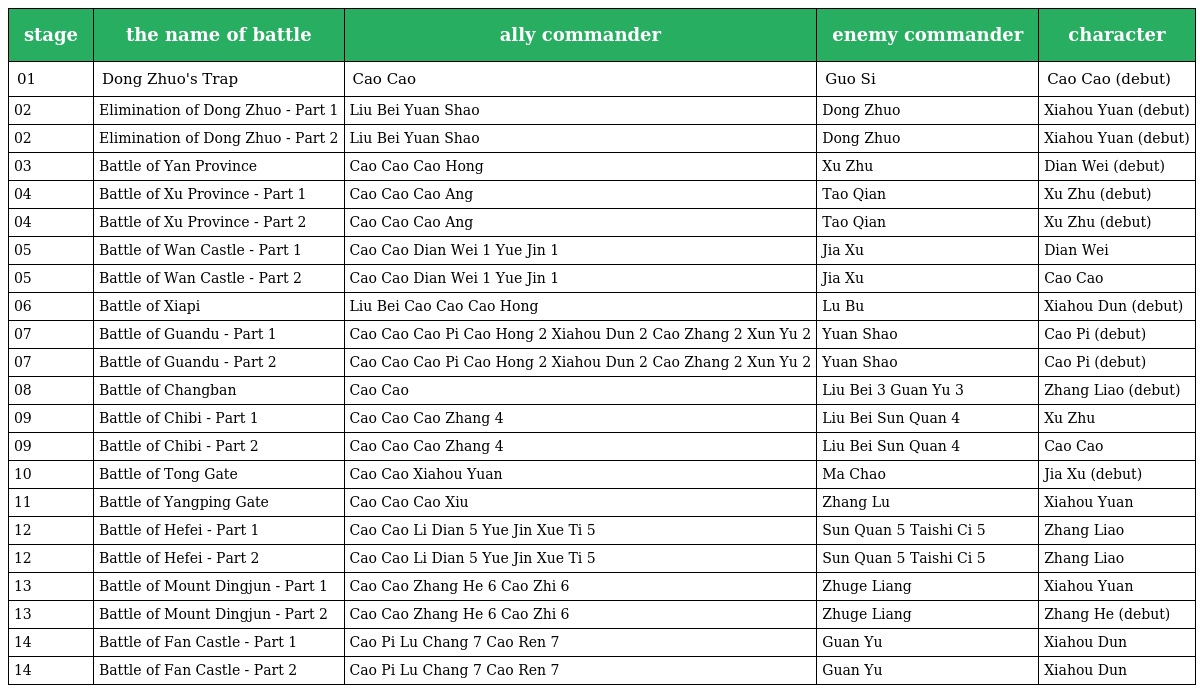
| stage | the name of battle | ally commander | enemy commander | character |
 | --- | --- | --- | --- | --- |
 | 01 | Dong Zhuo's Trap | Cao Cao | Guo Si | Cao Cao (debut) |
 | 02 | Elimination of Dong Zhuo - Part 1 | Liu Bei Yuan Shao | Dong Zhuo | Xiahou Yuan (debut) |
 | 02 | Elimination of Dong Zhuo - Part 2 | Liu Bei Yuan Shao | Dong Zhuo | Xiahou Yuan (debut) |
 | 03 | Battle of Yan Province | Cao Cao Cao Hong | Xu Zhu | Dian Wei (debut) |
 | 04 | Battle of Xu Province - Part 1 | Cao Cao Cao Ang | Tao Qian | Xu Zhu (debut) |
 | 04 | Battle of Xu Province - Part 2 | Cao Cao Cao Ang | Tao Qian | Xu Zhu (debut) |
 | 05 | Battle of Wan Castle - Part 1 | Cao Cao Dian Wei 1 Yue Jin 1 | Jia Xu | Dian Wei |
 | 05 | Battle of Wan Castle - Part 2 | Cao Cao Dian Wei 1 Yue Jin 1 | Jia Xu | Cao Cao |
 | 06 | Battle of Xiapi | Liu Bei Cao Cao Cao Hong | Lu Bu | Xiahou Dun (debut) |
 | 07 | Battle of Guandu - Part 1 | Cao Cao Cao Pi Cao Hong 2 Xiahou Dun 2 Cao Zhang 2 Xun Yu 2 | Yuan Shao | Cao Pi (debut) |
 | 07 | Battle of Guandu - Part 2 | Cao Cao Cao Pi Cao Hong 2 Xiahou Dun 2 Cao Zhang 2 Xun Yu 2 | Yuan Shao | Cao Pi (debut) |
 | 08 | Battle of Changban | Cao Cao | Liu Bei 3 Guan Yu 3 | Zhang Liao (debut) |
 | 09 | Battle of Chibi - Part 1 | Cao Cao Cao Zhang 4 | Liu Bei Sun Quan 4 | Xu Zhu |
 | 09 | Battle of Chibi - Part 2 | Cao Cao Cao Zhang 4 | Liu Bei Sun Quan 4 | Cao Cao |
 | 10 | Battle of Tong Gate | Cao Cao Xiahou Yuan | Ma Chao | Jia Xu (debut) |
 | 11 | Battle of Yangping Gate | Cao Cao Cao Xiu | Zhang Lu | Xiahou Yuan |
 | 12 | Battle of Hefei - Part 1 | Cao Cao Li Dian 5 Yue Jin Xue Ti 5 | Sun Quan 5 Taishi Ci 5 | Zhang Liao |
 | 12 | Battle of Hefei - Part 2 | Cao Cao Li Dian 5 Yue Jin Xue Ti 5 | Sun Quan 5 Taishi Ci 5 | Zhang Liao |
 | 13 | Battle of Mount Dingjun - Part 1 | Cao Cao Zhang He 6 Cao Zhi 6 | Zhuge Liang | Xiahou Yuan |
 | 13 | Battle of Mount Dingjun - Part 2 | Cao Cao Zhang He 6 Cao Zhi 6 | Zhuge Liang | Zhang He (debut) |
 | 14 | Battle of Fan Castle - Part 1 | Cao Pi Lu Chang 7 Cao Ren 7 | Guan Yu | Xiahou Dun |
 | 14 | Battle of Fan Castle - Part 2 | Cao Pi Lu Chang 7 Cao Ren 7 | Guan Yu | Xiahou Dun |